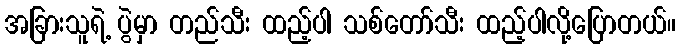
အခြားသူရဲ့ ပွဲမှာ တည်သီး ထည့်ပါ သစ်တော်သီး ထည့်ပါလို့ပြောတယ်။